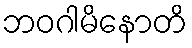
ဘဝဂါမိနောတိ